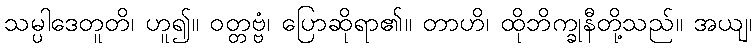
သမ္ပါဒေတူတိ၊ ဟူ၍။ ဝတ္တဗ္ဗံ၊ ပြောဆိုရာ၏။ တာဟိ၊ ထိုဘိက္ခုနီတို့သည်။ အယျ၊